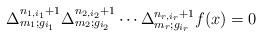
LaTeX: \begin{align*} \Delta_{m_1;g_{i_1}}^{n_{1,i_1}+1} \Delta_{m_2;g_{i_2}}^{n_{2,i_2}+1} \cdots \Delta_{m_r;g_{i_r}}^{n_{r,i_r}+1}f(x)=0\, \end{align*}